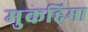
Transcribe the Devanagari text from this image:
मुकद्दिमा